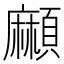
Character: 𩔶